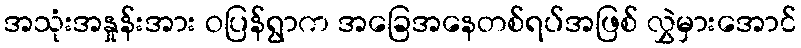
အသုံးအနှုန်းအား ဝပြန်ရွာက အခြေအနေတစ်ရပ်အဖြစ် လွှဲမှားအောင်